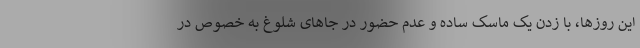
این روزها، با زدن یک ماسک ساده و عدم حضور در جاهای شلوغ به خصوص در